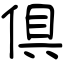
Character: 倶